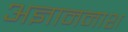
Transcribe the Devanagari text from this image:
अज्ञाननाश